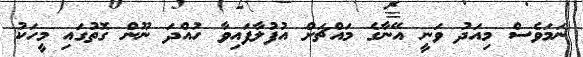
ނަމަވެސް މިއަދު ވަނީ އޭނާގެ މައްޗަށް އުފުލާފައިވާ ހުއްދަ ނޫން ގޮތުގައި މީހަކު